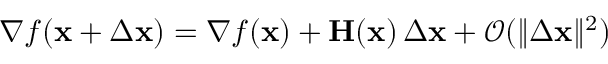
\nabla f ( \mathbf { x } + \Delta \mathbf { x } ) = \nabla f ( \mathbf { x } ) + \mathbf { H } ( \mathbf { x } ) \, \Delta \mathbf { x } + { \mathcal { O } } ( \| \Delta \mathbf { x } \| ^ { 2 } )